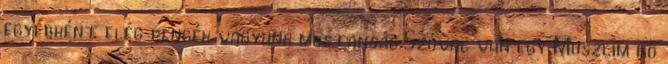
egyébként elég pengék vagyunk mostanság.Szóval van egy Muszlim nő